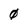
Character: 0